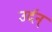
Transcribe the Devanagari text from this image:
उर्दन्